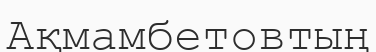
Ақмамбетовтың